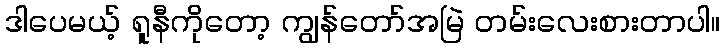
ဒါပေမယ့် ရူနီကိုတော့ ကျွန်တော်အမြဲ တမ်းလေးစားတာပါ။